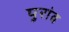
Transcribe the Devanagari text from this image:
पुरांव